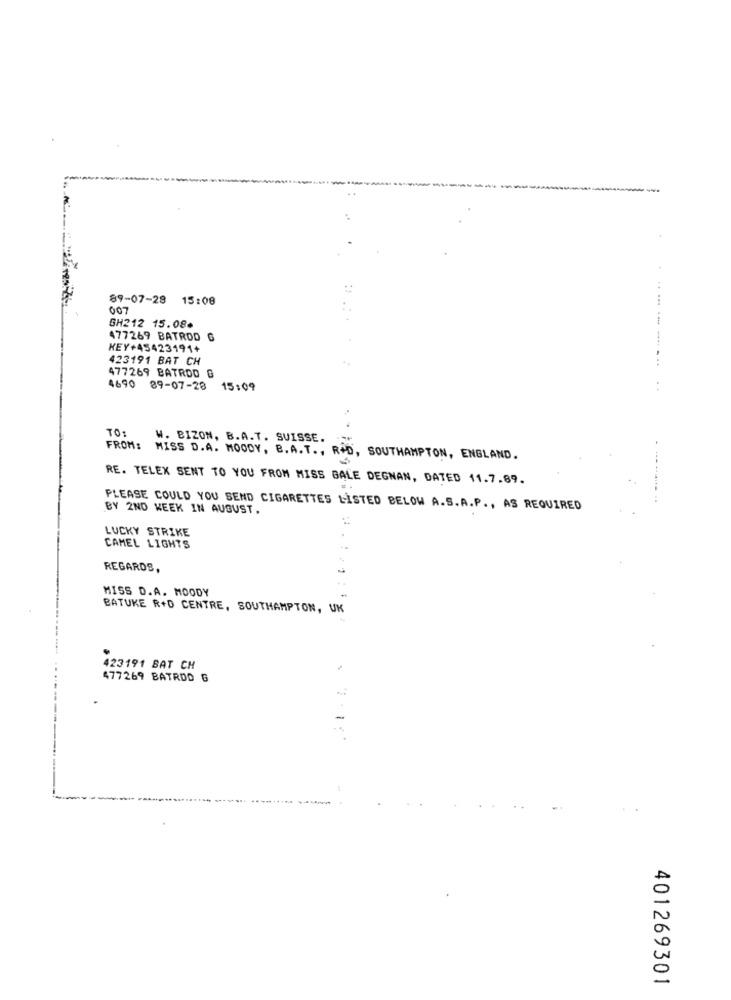
89-07-28 15:08
.....
007
GH212 15.08.
477269 BATROD G
KEY+45423191+
423191 BAT CH
...
477269 BATROD G
4690 89-07-28 15:09
TO:
W. BIZON, B.A.T. SUISSE.
FROM:
MISS D.A. MOODY, B. A.T ., R+D, SOUTHAMPTON, ENGLAND.
RE. TELEX SENT TO YOU FROM MISS BALE DEGNAN, DATED 11.7.89.
PLEASE COULD YOU SEND CIGARETTES LISTED BELOW A.S.A.P ., AS REQUIRED
BY 2ND WEEK IN AUGUST.
:
LUCKY STRIKE
CAMEL LIGHTS
REGARDS,
MISS D.A. MOODY
BATUKE R+D CENTRE, SOUTHAMPTON, UK
423191 BAT CH
477269 BATRDD G
-
401269301